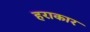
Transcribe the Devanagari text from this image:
हराकार